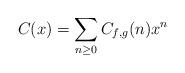
LaTeX: \begin{align*} C(x)=\sum_{n\ge 0} C_{f,g}(n)x^n\end{align*}